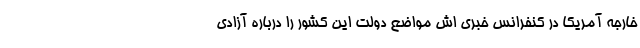
خارجه آمریکا در کنفرانس خبری اش مواضع دولت این کشور را درباره آزادی